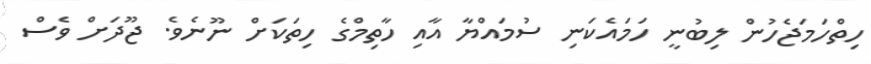
ހިތްހަމަޖެހުން ލިބުނީ ހަމައެކަނި ސުމައްޔާ އާއި ހާތިމްގެ ހިތަކަށް ނޫނެވެ. ޖޫދަށް ވެސް